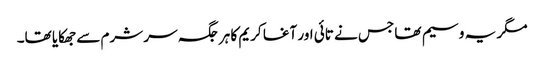
مگر یہ وسیم تھا جس نے تائی اور آغا کریم کا ہر جگہ سر شرم سے جھکایا تھا۔